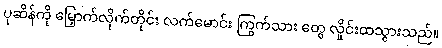
ပုဆိန်ကို မြှောက်လိုက်တိုင်း လက်မောင်း ကြွက်သား တွေ လှိုင်းထသွားသည်။